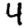
Digit: 4